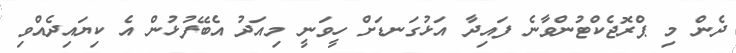
ދެން މި ޕްރޮޖެކްޓުންވާނެ ފައިދާ އަޅުގަނޑަށް ހީވަނީ މިއަދު އެބޭފުޅުން އެ ކިޔައިދެއްވި